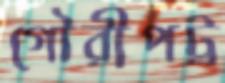
গৌরীপট্ট